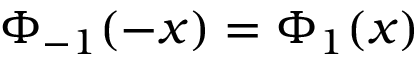
\Phi _ { - 1 } ( - x ) = \Phi _ { 1 } ( x )